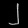
Digit: ၂